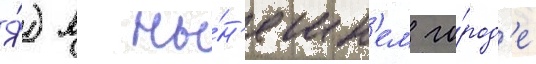
Я́) в ны́н'ешн'ем го́род'е